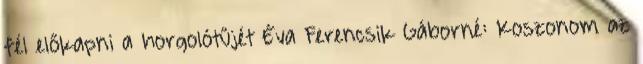
fél előkapni a horgolótűjét Éva Ferencsik Gáborné: Koszonom az